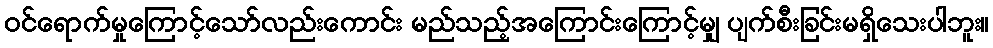
ဝင်ရောက်မှုကြောင့်သော်လည်းကောင်း မည်သည့်အကြောင်းကြောင့်မျှ ပျက်စီးခြင်းမရှိသေးပါဘူး။